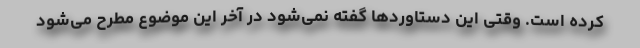
کرده است. وقتی این دستاوردها گفته نمی‌شود در آخر این موضوع مطرح می‌شود